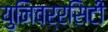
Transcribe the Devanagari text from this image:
युनिवर्रसिटी